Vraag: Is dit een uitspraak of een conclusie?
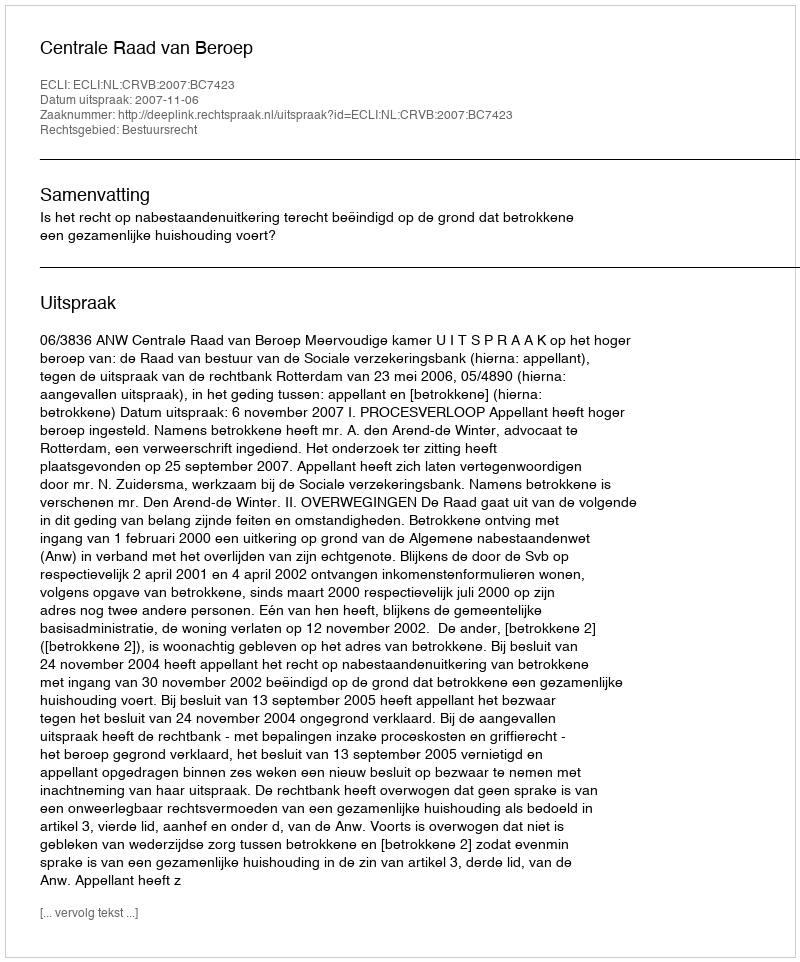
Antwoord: Uitspraak